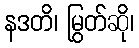
နဒတိ၊ မြွတ်ဆို၊